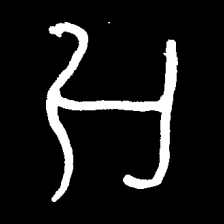
Pyu character \u2014 Myanmar letter: အ (romanized: a)